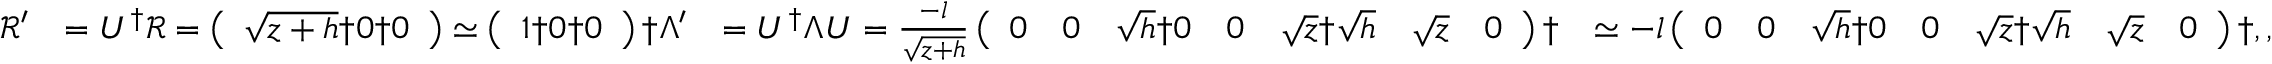
\begin{array} { r l r l } { \mathcal { R } ^ { \prime } } & { = U ^ { \dagger } \mathcal { R } = \left( \begin{array} { l } { \sqrt { z + h } \dag 0 \dag 0 } \end{array} \right) \simeq \left( \begin{array} { l } { 1 \dag 0 \dag 0 } \end{array} \right) \dag \Lambda ^ { \prime } } & { = U ^ { \dagger } \Lambda U = \frac { - l } { \sqrt { z + h } } \left( \begin{array} { l l l l l l l } { 0 } & { 0 } & { \sqrt { h } \dag 0 } & { 0 } & { \sqrt { z } \dag \sqrt { h } } & { \sqrt { z } } & { 0 } \end{array} \right) \dag } & { \simeq - l \left( \begin{array} { l l l l l l l } { 0 } & { 0 } & { \sqrt { h } \dag 0 } & { 0 } & { \sqrt { z } \dag \sqrt { h } } & { \sqrt { z } } & { 0 } \end{array} \right) \dag , , } \end{array}